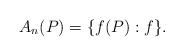
LaTeX: \begin{align*}A_n(P) = \{f(P) : f\}.\end{align*}